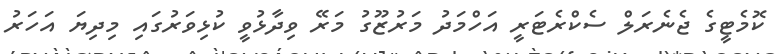
ކޮމެޓީގެ ޖެނެރަލް ސެކްރެޓަރީ އަހްމަދު މަރުޒޫގު މަރޭ ވިދާޅުވީ ކުޅިވަރުގައި މިދިޔަ އަހަރު